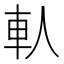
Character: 𨊤